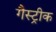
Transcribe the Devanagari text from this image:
गैस्ट्रीक